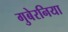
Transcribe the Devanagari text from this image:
गुबेरनिया